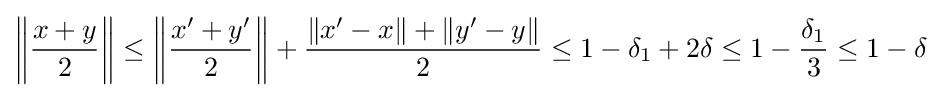
\left\|{\frac {x+y}{2}}\right\|\leq \left\|{\frac {x'+y'}{2}}\right\|+{\frac {\|x'-x\|+\|y'-y\|}{2}}\leq 1-\delta _{1}+2\delta \leq 1-{\frac {\delta _{1}}{3}}\leq 1-\delta